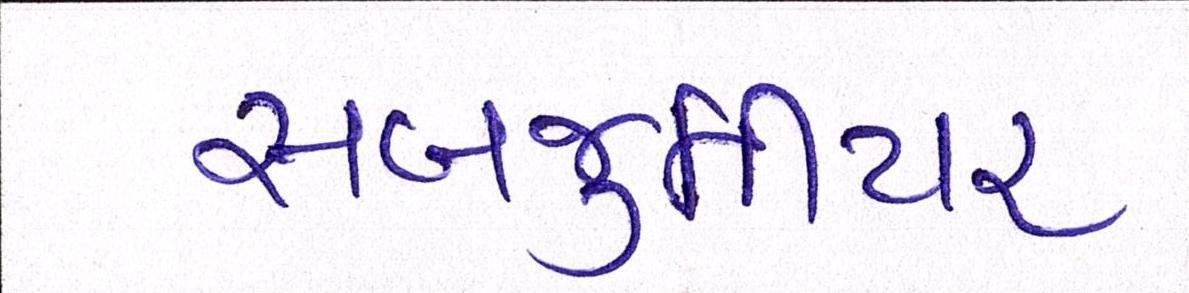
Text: સબજુનીયર